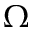
\Omega